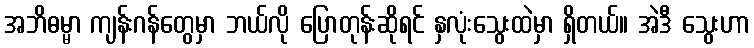
အဘိဓမ္မာ ကျန်းဂန်တွေမှာ ဘယ်လို ပြောတုန်းဆိုရင် နှလုံးသွေးထဲမှာ ရှိတယ်။ အဲဒီ သွေးဟာ